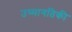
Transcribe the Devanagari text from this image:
उष्‍मागतिकी